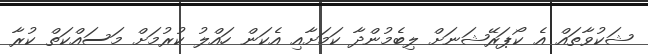
ޝަކުވާތައް އެ ކޯޕަރޭޝަނަށް ލިބެމުންދާ ކަމަށާއި އެކަން ހައްލު ކުރުމަށް މަސައްކަތް ކުރާ